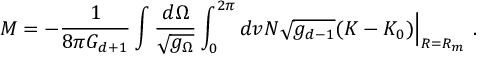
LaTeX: M = - \frac { 1 } { 8 \pi G _ { d + 1 } } \int \frac { d \Omega } { \sqrt { g _ { \Omega } } } \int _ { 0 } ^ { 2 \pi } d v N \sqrt { g _ { d - 1 } } ( K - K _ { 0 } ) \Big | _ { R = R _ { m } } \ .